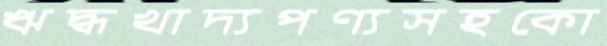
ঋদ্ধখাদ্যপণ্যসহকো